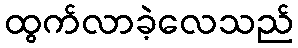
ထွက်လာခဲ့လေသည်